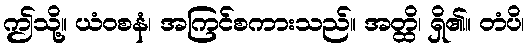
ဤသို့။ ယံဝစနံ၊ အကြင်စကားသည်။ အတ္ထိ၊ ရှိ၏။ တံပိ၊